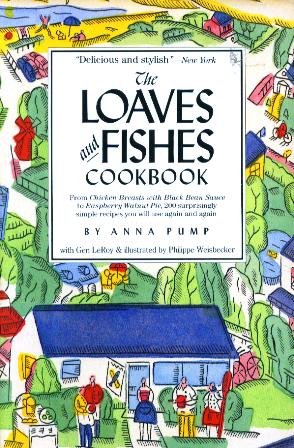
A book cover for The Loaves and Fishes Cookbook; Anna Pump; Cookbooks, Food & Wine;